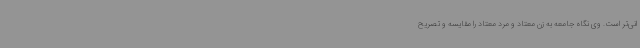
انی‌تر است. وی نگاه جامعه به زن معتاد و مرد معتاد را مقایسه و تصریح